Vital statistics of India. Vol. IV, Annual returns from 1871 to 1876. British Army of India, Native Army and jails of Bengal
Year: 1871
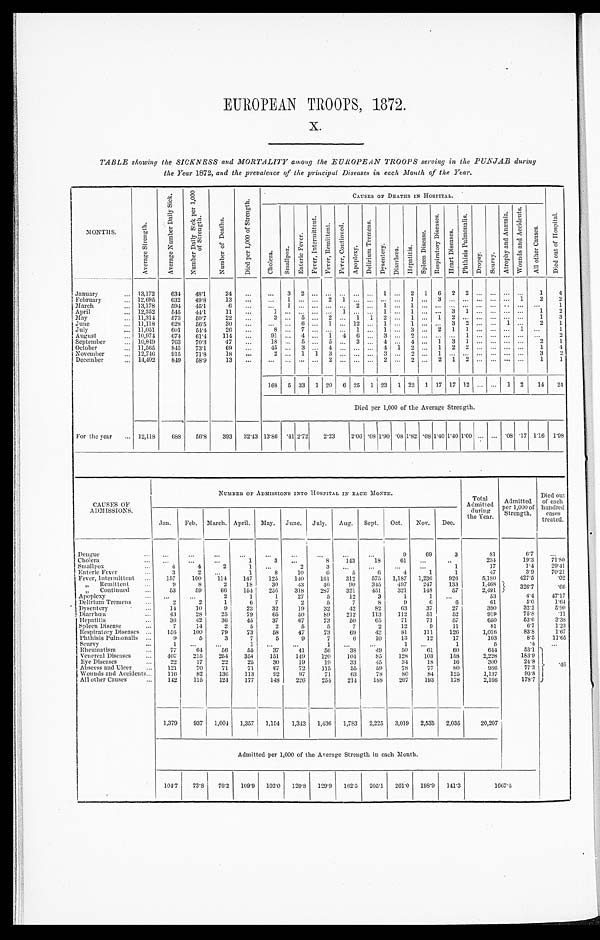
EUROPEAN TROOPS, 1872.
X.
TABLE showing the SICKNESS and MORTALITY among the EUROPEAN TROOPS serving in the PUNJAB during
the Year 1872, and the prevalence of the principal Diseases in each Month of the Year.
M O N T H S .
A v e r a g e S t r e n g t h .
A v e r a g e N u m b e r D a i l y S i c k .
N u m b e r D a i l y S i c k p e r 1 , 0 0 0
o f S t r e n g t h .
N u m b e r o f D e a t h s .
D i e d p e r 1 , 0 0 0 o f S t r e n g t h .
C A U S E S O F D E A T H S I N H O S P I T A L .
D i e d o u t o f H o s p i t a l .
C h o l e r a .
S m a l l p o x .
E n t e r i c F e v e r .
F e v e r , I n t e r m i t t e n t .
F e v e r , R e m i t t e n t . F e v e r , C o n t i n u e d .
A p o p l e x y .
D e l i r i u m T r e m e n s .
D y s e n t e r y . D i a r r h œ a . H e p a t i t i s .
S p l e e n D i s e a s e .
R e s p i r a t o r y D i s e a s e s .
H e a r t D i s e a s e s .
P h t h i s i s P u l m o n a l i s .
D r o p s y . S c u r v y .
A t r o p h y a n d A n æ m i a .
W o u n d s a n d A c c i d e n t s .
A l l o t h e r C a u s e s .
January
... 13,172
6 3 4 48.1
24 ...
... 3 2
. . . . . . . . .
...... 1 ... 2 16
22
. . .
... ... ...
1
4
February
.., 12,695
6 3 2 49.8
13 ... ... 1 ... . . . 2 1 ...... ... ... 1 ...3
...... . . . . . .
...1
2
2
March
.., 13,178
594
45.1
6
. . . ... 1 ... . . . . . . . . .
2 ... 1 ... 1 ...... ...... . . . . . .
.....
. . . 1
April
... 12,352
5 4 5 44.1
11
. . . 1
. . .
... . . . . . . 1 ...... 1 ... 1 ...... 31
. . . . . .
...... 1
2
May
... 11,314 573
5 0 . 7 22 ... 3
. . .
5
. . . 2 . . .
1 1 2 ... 1 ...1
2... . . . . . . ... ...
1
3
June
... 11,118
628
56.5
30 ... ... . . .
6
. . . 1 . . .
12... 1 ... 1 ...... 32
. . . . . . 1 ...
2
1
July
... 11,051
601
54.4
26
. . . 8
. . .
7
. . . . . . . . .
1 ... 1 ... 3 ...2
11
. . . . . .
...1
. . . 1
August
... 10,974
674
61.4 114 ...
9l
. . . 4
. . . 1 4
6 ... 3 ... 2 ...... ... 1
. . . . . .
......
. . . 2
September
... 10,849 763 70.3
47
. . .
18
. . . 5
. . . 5 . . . 3 ... 4 ... 4 ... 1 3 1 ... ... ... ...
2 1
October
... 11,565
845
73.1
69
. . . 45 ... 3 ... 4
. . . ... ... 4 1 2 ... 1 2 2 ... ... ... ... 1
4
November
... 12,746
915
71.8
18 . . . 2
. . .
1
1 3 . . .
...... 3 ... 2 ... 1 ... . . . . . . . . . ... ...
3
2
December
... 14,402
849 58.9
13 ...
. . .
. . . ... ... 2 ... ... ...
2 ... 2 ... 2 1 2 ...
. . . ... ...
1
1
168 5 33 1 20 6 25 1 23 1 22 1 17 17 12 ... ... 1 2
14 24
Died per 1,000 of the Average Strength.
For the year ... 12,118
688
56.8 393 32.43 13.86
. 4 1 2.72
2 . 2 3
2.06 .08 1.90 .08 1.82 .08 1.40 1.40 1.00 ... ... .08 .17 1.16 1.98
CAUSES OF
ADMISSIONS.
NUMBER OF ADMISSIONS INTO HOSPITAL IN EACH MONTH.
Total
Admitted
during
the Year.
Admitted
per 1,000 of
Strength.
Died out
of each
hundred
cases
treated.
Jan. Feb. March. April. May. June. July. Aug. Sept. Oct. Nov. Dec.
Dengue ...
. . .
. . .
. . .
. . .
. . .
. . .
. . .
...
...
9
69
3
81
6.7
. . .
Cholera ...
. . . ...
. . .
1
3 ...
8 143
18
61
...
..
234
19.3
71.80
Smallpox...
4
4
2 1
. . .
2
3 ...
. . . ...
...
1
17
1.4
29.41
Enteric Fever
3
2
1
8
10
6
5
6
4
1
1
47
3.9
70.21
Fever Intermittent
157
100
114
147
125
140
161
312
575 1,1 8 7 1,236 926
5,180
427.5
. 0 2
„ Remittent
9
8
2
18
30
43
46
90
345 497
247
133
1,468
326.7
. 6 6
„ Continued
53
59
66
154
256
318
287
321
451
321
148
57
2,491
Apoplexy
...
. . .
. . .
2
1
1
27
5
12
3
1
1
. . .
53
4.4
47.17
Delirium Tremens
2
2
1
6
7
2
5
7
8
9
6
6
61
5.0
1.64
Dysentery...
14
10
9
23
32
19
32
42
82
63
37
27
390
32.2
5.90
Diarrhœa ...
43
28
25
79
65
50
89
212
113
112
51
52
919
75.8
. 1 1
Hepatitis ...
36
42
36
45
37
67
73
50
65
71
71
57
650
53.6
3.38
Spleen Disease
7
14
2
5
2
5
5
7
2
12
9
11
81
6.7
1.23
Respiratory Diseases ...
156 100
79
73
58
47
73
69
43
81
111
126
1,016
83.8
1.67
Phthisis Pulmonalis ...
9
5
3
7
5
9
7
6
10
13
12
17
103
8.5
11.65
Scurvy
...
1
. . .
. . .
1
. . .
. . .
1
. . .
. . .
1
. . .
1
5
. 4
. . .
Rheumatism
77
64
56
55
37
41
56
38
49
50
61
60
644
53.1
. 4 6
Venereal Diseases
407
215
254
354
151
149
120
104
85
128
103
158
2,228
183.9
Eye Diseases...
22
17
22
25
30
19
19
33
45
34
18
16
300
24.8
Abscess and Ulcer
121
70
71
71
67
72
115
55
59
78
77
8 0
936
77.3
Wounds and Accidents... 116
82
136
113
92
97
71
63
78
8 0
84
125
1,137
93.8
All other Causes...
1 4 2
115
124
177
148
226
254
214
188 207
193
178
2,166
178.7
1,379
937 1,004 1,357 1,154 1,343 1,436 1,783 2,225 3,019 2,535 2,035
20,207
Admitted per 1,000 of the Average Strength in each Month.
104.7 73.8 7 6 . 2
109.9 102.0 120.8 1 2 9 . 9
162.5 205.1 261.0 198.9 141.3
1 6 6 7 . 5